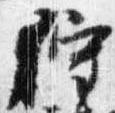
狩